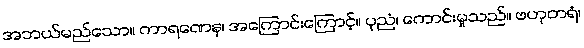
အဘယ်မည်သော။ ကာရဏေန၊ အကြောင်းကြောင့်။ ပုညံ၊ ကောင်းမှုသည်။ ဗဟုတရံ၊